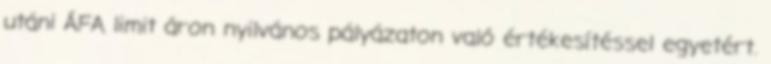
utáni ÁFA limit áron nyilvános pályázaton való értékesítéssel egyetért.